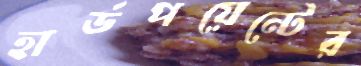
হার্ডপয়েন্টের